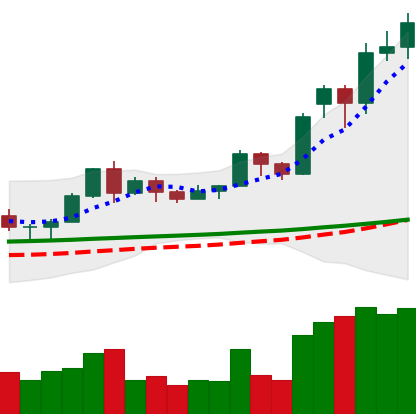
Ticker: LTC-USD
Chart end date: 2020-11-21
Forward return: -17.989%
Label: down_7plus